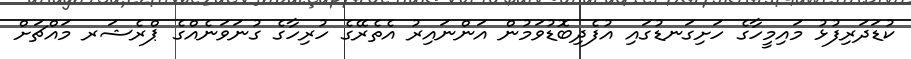
ކުޑަދަރިފުޅު މައިމީހާގެ ހަށިގަނޑުގައި އުފެދިބޮޑުވަމުން އަންނައިރު އެތެރޭގެ ހުރިހާގެ ގުނަވަނެއްގެ ޕްރެޝަރ މައްޗަށް